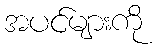
အပင်များကို